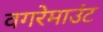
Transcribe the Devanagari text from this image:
वगरेमाउंट